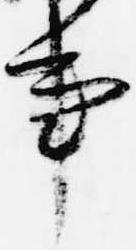
事